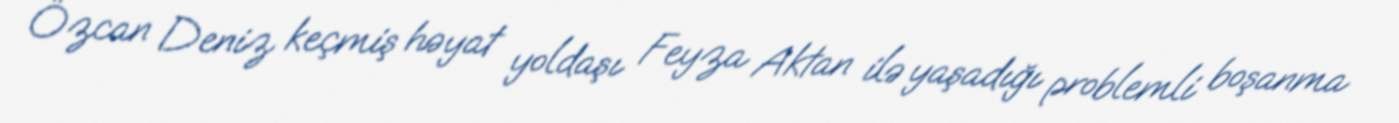
Özcan Deniz keçmiş həyat yoldaşı Feyza Aktan ilə yaşadığı problemli boşanma